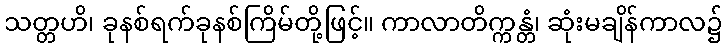
သတ္တဟိ၊ ခုနစ်ရက်ခုနစ်ကြိမ်တို့ဖြင့်။ ကာလာတိက္ကန္တံ၊ ဆုံးမချိန်ကာလ၌